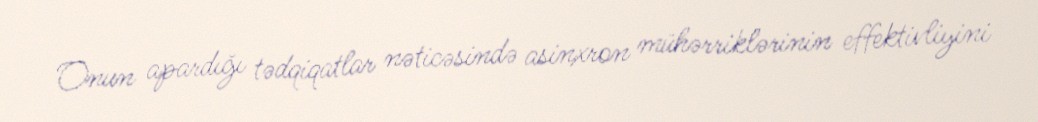
Onun apardığı tədqiqatlar nəticəsində asinxron mühərriklərinin effektivliyini